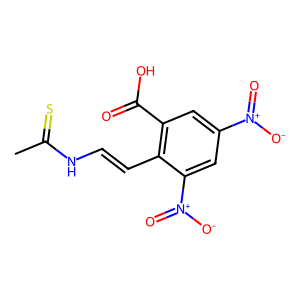
SMILES: CC(=S)NC=Cc1c(C(=O)O)cc([N+](=O)[O-])cc1[N+](=O)[O-]
Inhibits HIV replication: No